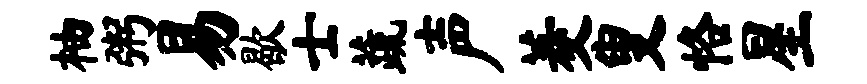
柚粥易歇士蔬声菱叟恪星